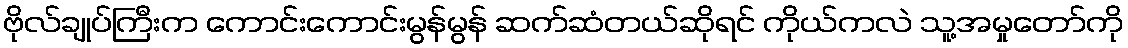
ဗိုလ်ချုပ်ကြီးက ကောင်းကောင်းမွန်မွန် ဆက်ဆံတယ်ဆိုရင် ကိုယ်ကလဲ သူ့အမှုတော်ကို